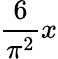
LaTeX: {\frac{6}{\pi^{2}}}x